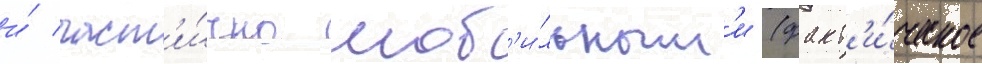
и́ част'и́чно моб'и́льным'и (факт'и́ческое